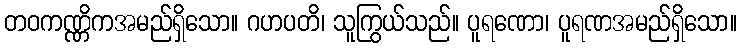
တဝကဏ္ဏိကအမည်ရှိသော။ ဂဟပတိ၊ သူကြွယ်သည်။ ပူရဏော၊ ပူရဏအမည်ရှိသော။